Indian journal of veterinary science and animal husbandry - Volume 9,
Year: 1939
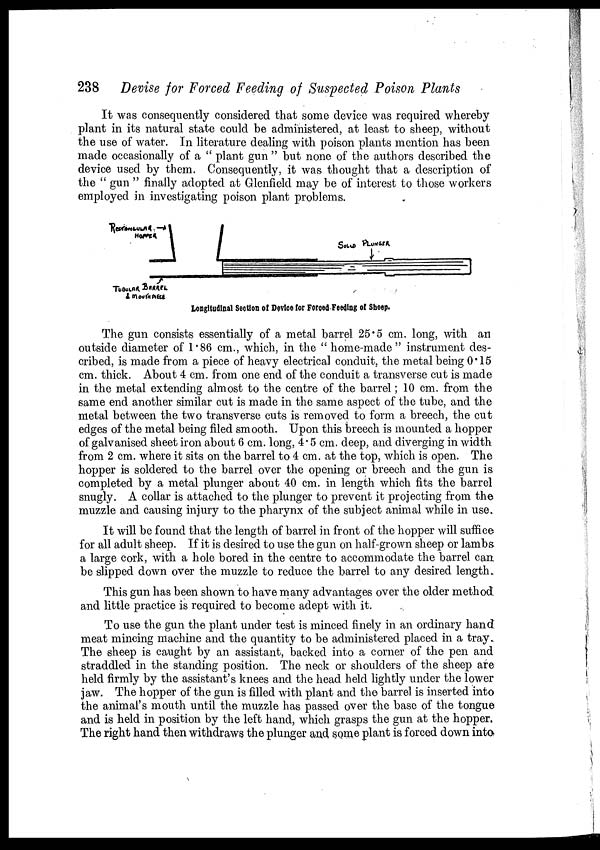
238 Devise for Forced Feeding of Suspected Poison Plants
It was consequently considered that some device was required whereby
plant in its natural state could be administered, at least to sheep, without
the use of water. In literature dealing with poison plants mention has been
made occasionally of a " plant gun " but none of the authors described the
device used by them. Consequently, it was thought that a description of
the " gun " finally adopted at Glenfield may be of interest to those workers
employed in investigating poison plant problems.
Longitudinal Section of Device for Forced Feeding of Sheep.
The gun consists essentially of a metal barrel 25.5 cm. long, with an
outside diameter of 1.86 cm., which, in the " home-made" instrument des-
cribed, is made from a piece of heavy electrical conduit, the metal being 0.15
cm. thick. About 4 cm. from one end of the conduit a transverse cut is made
in the metal extending almost to the centre of the barrel; 10 cm. from the
same end another similar cut is made in the same aspect of the tube, and the
metal between the two transverse cuts is removed to form a breech, the cut
edges of the metal being filed smooth. Upon this breech is mounted a hopper
of galvanised sheet iron about 6 cm. long, 4.5 cm. deep, and diverging in width
from 2 cm. where it sits on the barrel to 4 cm. at the top, which is open. The
hopper is soldered to the barrel over the opening or breech and the gun is
completed by a metal plunger about 40 cm. in length which fits the barrel
snugly. A collar is attached to the plunger to prevent it projecting from the
muzzle and causing injury to the pharynx of the subject animal while in use.
It will be found that the length of barrel in front of the hopper will suffice
for all adult sheep. If it is desired to use the gun on half-grown sheep or lambs
a large cork, with a hole bored in the centre to accommodate the barrel can
be slipped down over the muzzle to reduce the barrel to any desired length.
This gun has been shown to have many advantages over the older method
and little practice is required to become adept with it.
To use the gun the plant under test is minced finely in an ordinary hand,
meat mincing machine and the quantity to be administered placed in a tray..
The sheep is caught by an assistant, backed into a corner of the pen and
straddled in the standing position. The neck or shoulders of the sheep are
held firmly by the assistant's knees and the head held lightly under the lower
jaw. The hopper of the gun is filled with plant and the barrel is inserted into
the animal's mouth until the muzzle has passed over the base of the tongue
and is held in position by the left hand, which grasps the gun at the hopper.
The right hand then withdraws the plunger and some plant is forced down into